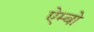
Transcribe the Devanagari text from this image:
ऐम्बो